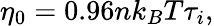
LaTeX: \eta_{0}=0.96nk_{B}T\tau_{i},